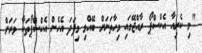
"މި ކެރިއާ އެކްސްޕޯ ރާއްޖޭގައި މިހާތަނަށް ބޭއްވި މިފަދަ އެހެން އެކްސްޕޯތަކާ ވަރަށް